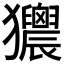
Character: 𤣜